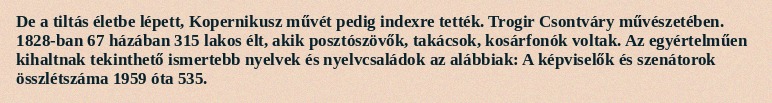
De a tiltás életbe lépett, Kopernikusz művét pedig indexre tették. Trogir Csontváry művészetében. 1828-ban 67 házában 315 lakos élt, akik posztószövők, takácsok, kosárfonók voltak. Az egyértelműen kihaltnak tekinthető ismertebb nyelvek és nyelvcsaládok az alábbiak: A képviselők és szenátorok összlétszáma 1959 óta 535.